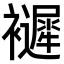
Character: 𧞽